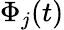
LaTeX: \Phi_{j}(t)